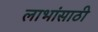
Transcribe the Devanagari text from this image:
लाभांसाठी